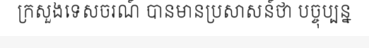
ក្រសួងទេសចរណ៍ បានមានប្រសាសន៍ថា បច្ចុប្បន្ន